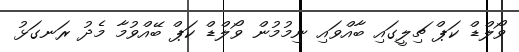
ވޯލްޑް ކަޕް ޗިލީގައި ބާއްވައި ނިމުމުން ވޯލްޑް ކަޕް ބޭއްވުމާ މެދު ރަނގަޅު